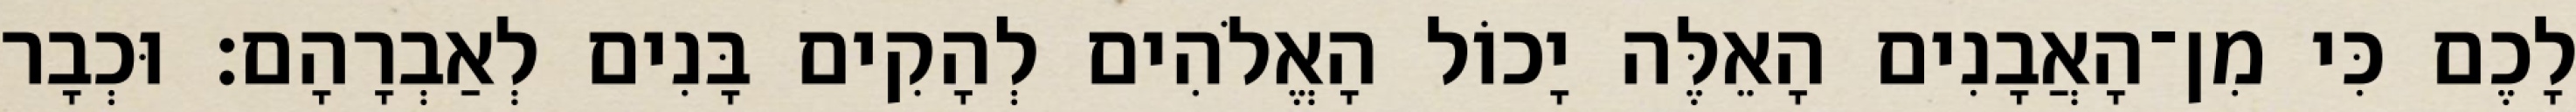
לָכֶם כִּי מִן־הָאֲבָנִים הָאֵלֶּה יָכוֹל הָאֱלֹהִים לְהָקִים בָּנִים לְאַבְרָהָם׃ וּכְבָר